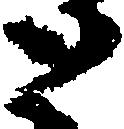
と